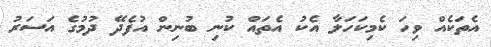
އެތަކެއް ވިހަ ކެމިކަހަލާ އެކު އެތައް ކުނި ބުނިން އުފެދޭ ދުމުގެ އަސަރު